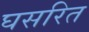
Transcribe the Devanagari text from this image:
घसरित